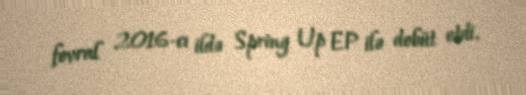
fevral 2016-cı ildə Spring Up EP ilə debüt etdi.